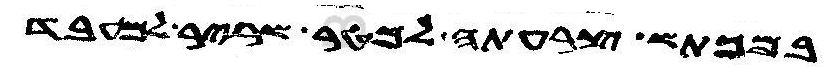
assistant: במכתש צרעתה למטר שריר למעבד